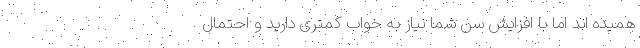
همیده‌ اند اما با افزایش سن شما نیاز به خواب کمتری دارید و احتمال